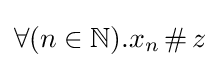
\forall (n\in {\mathbb {N} }).x_{n}\,\#\,z